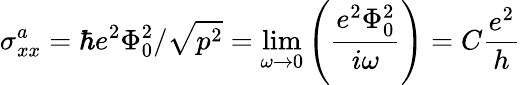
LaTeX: \sigma_{xx}^{a}=\hbar e^{2}\Phi_{0}^{2}/\sqrt{p^{2}}=\operatorname*{lim}_{\omega\rightarrow 0}\left(\frac{e^{2}\Phi_{0}^{2}}{i\omega}\right)=C\frac{e^{2}}{h}